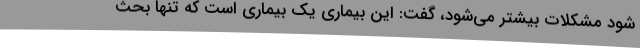
شود مشکلات بیشتر می‌شود، گفت: این بیماری یک بیماری است که تنها بحث